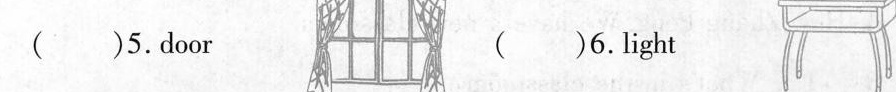
( )5.Door ( )6. Light